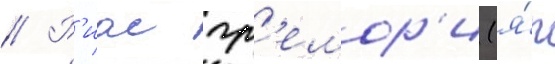
// Р'иас гр'емор'и (я́п